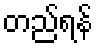
တည်ရန်